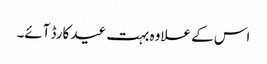
اس کے علاوہ بہت عید کارڈ آئے۔